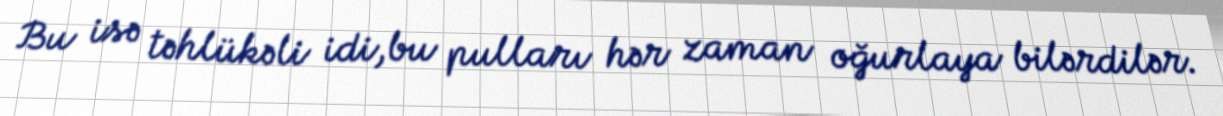
Bu isə təhlükəli idi,bu pulları hər zaman oğurlaya bilərdilər.